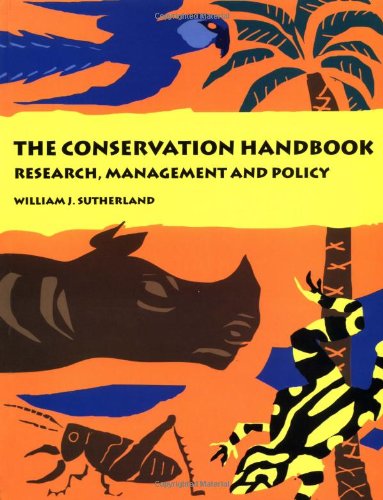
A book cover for The Conservation Handbook: Research, Management  and Policy; William J. Sutherland; Science & Math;